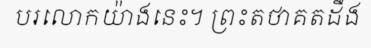
បរលោកយ៉ាងនេះ។ ព្រះតថាគតដឹង